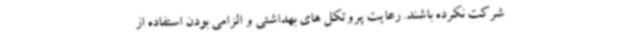
شرکت نکرده باشند. رعایت پروتکل های بهداشتی و الزامی بودن استفاده از